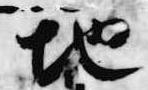
地